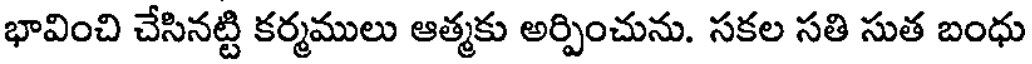
భావించి చేసినట్టి కర్మములు ఆత్మకు అర్పించును. సకల సతి సుత బంధు